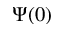
\Psi ( 0 )